Report on vaccination in Madras 1895-1903 - 1895-1903
Year: 1895
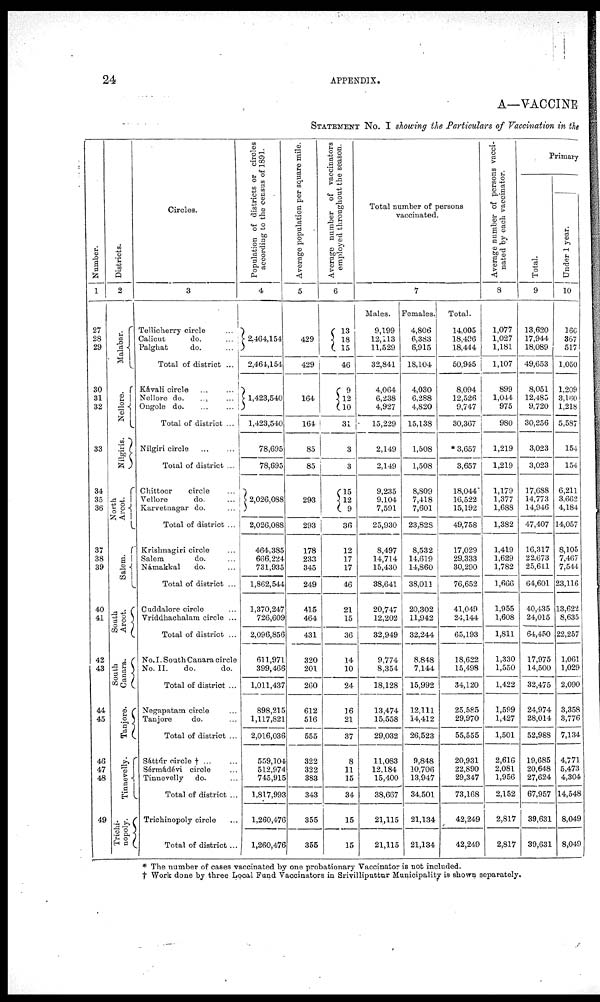
24
APPENDIX.
A—VACCINE
STATEMENT No. I showing the Particulars of Vaccination in the
Number.
1
27
28
29
30
31
32
33
34
35
36
37
38
39
40
41
42
43
44
45
46
47
48
49
Districts.
2
Malabar.
Nellore.
Nilgiris.
North
Arcot.
Salem.
South
Arcot.
South
Canara.
Tanjore.
Tinnevelly.
Trichi-
nopoly.
Circles.
3
Tellicherry circle...
Calicut
do. ...
Palghat
do. ...
Total of district ...
Kávali circle ... ...
Nellore do. ... ...
Ongole do. ... ...
Total of district ...
Nilgiri circle ... ...
Total of district ...
Chittoor
circle ...
Vellore
do. ...
Karvetnagar do. ...
Total of district ...
Krishnagiri circle ...
Salem
do.
Námakkal
do. ...
Total of district ...
Cuddalore circle ...
Vriddhachalam circle ...
Total of district ...
No. I. South Canara circle
No. II.
do.
do.
Total of district ...
Negapatam circle ...
Tanjore
do. ...
Total of district ...
Sáttúr circle † ... ...
Sérmádévi circle ...
Tinnevelly do.
Total of district ...
Trichinopoly circle ...
Total of district ...
Population of districts or circles
according to the census of 1891.
4
2,464,154
2,464,154
1,423,540
1,423,540
78,695
78,695
2,026,088
2,026,088
464,385
666,224
731,935
1,862,544
1,370,247
726,609
2,096,856
611,971
399,466
1,011,437
898,215
1,117,821
2,016,036
559,104
512,974
745,915
1,817,993
1,260,476
1,260,476
Average population per square mile.
5
429
429
164
164
85
85
293
293
178
233
345
249
415
464
431
320
201
260
612
516
555
322
322
383
343
355
355
Average number of vaccinators
employed throughout the season.
6
13
18
15
46
9
12
10
31
3
3
15
12 9
36
12
17
17
46
21
15
36
14
10
24
16
21
37
8
11
15
34
15
15
Total number of persons
vaccinated.
Males.
9,199
12,113
11,529
32,841
4,064
6,238
4,927
15,229
2,149
2,149
9,235
9,104
7,591
25,930
8,497
14,714
15,430
38,641
20,747
12,202
32,949
9,774
8,354
18,128
13,474
15,558
29,032
11,083
12,184
15,400
38,667
21,115
21,115
7
Females.
4,806
6,383
6,915
18,104
4,030
6,288
4,820
15,138
1,508
1,508
8,809
7,418
7,601
23,828
8,532
14,619
14,860
38,011
20,302
11,942
32,244
8,848
7,144
15,992
12,111
14,412
26,523
9,848
10,706
13,947
34,501
21,134
21,134
Total.
14,005
18,496
18,444
50,945
8,094
12,526
9,747
30,367
* 3,657
3,657
18,044
16,522
15,192
49,758
17,029
29,333
30,290
76,652
41,049
24,144
65,193
18,622
15,498
34,120
25,585
29,970
55,555
20,931
22,890
29,347
73,168
42,249
42,249
Average number of persons vacci-
nated by each vaccinator.
8
1,077
1,027
1,181
1,107
899
1,044
975
980
1,219
1,219
1,179
1,377
1,688
1,382
1,419
1,629
1,782
1,666
1,955
1,608
1,811
1,330
1,550
1,422
1,599
1,427
1,501
2,616
2,081
1,956
2,152
2,817
2,817
Primary
Total.
9
13,620
17,944
18,089
49,653
8,051
12,485
9,720
30,256
3,023
3,023
17,688
14,773
14,946
47,407
16,317
22,673
25,611
64,601
40,435
24,015
64,450
17,975
14,500
32,475
24,974
28,014
52,988
19,685
20,648
27,624
67,957
39,631
39,631
Under 1 year.
10
166
367
517
1,050
1,209
3,160
1,218
5,587
154
154
6,211
3,662
4,184
14,057
8,105
7,467
7,544
23,116
13,622
8,635
22,257
1,061
1,029
2,090
3,358
3,776
7,134
4,771
5,473
4,304
14,548
8,049
8,049
* The number of cases vaccinated by one probationary Vaccinator is not included.
† Work done by three Local Fund Vaccinators in Srivilliputtur Municipality is shown separately.